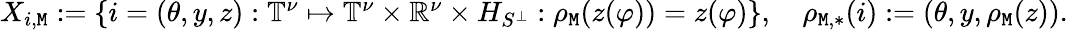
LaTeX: \begin{array}{r}{X_{i,\mathtt{M}}:=\left\{ i=(\theta,y,z):\mathbb{T}^{\nu}\mapsto\mathbb{T}^{\nu}\times\mathbb{R}^{\nu}\times H_{S^{\perp}}:\rho_{\mathtt{M}}(z(\varphi))=z(\varphi)\right\} ,\quad\rho_{\mathtt{M},*}(i):=(\theta,y,\rho_{\mathtt{M}}(z)).}\end{array}